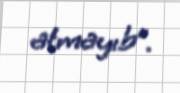
atmayıb”.